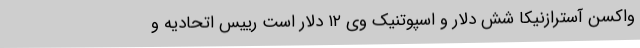
واکسن آسترازنیکا شش دلار و اسپوتنیک وی ۱۲ دلار است رییس اتحادیه و